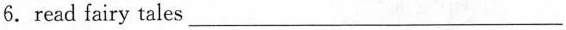
6. read fairy tales___